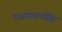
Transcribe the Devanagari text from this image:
राजाप्रतापसिंह